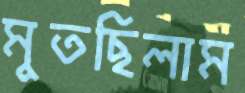
মুতছিলাম